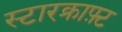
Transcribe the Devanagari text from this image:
स्टारक्राफ़्ट